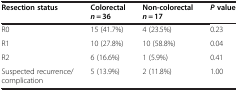
<table><thead><tr><td><b>Resection status</b></td><td><b>Colorectal<i>n =</i> 36</b></td><td><b>Non-colorectal<i>n =</i> 17</b></td><td><b><i>P </i>value</b></td></tr></thead><tbody><tr><td>R0</td><td>15 (41.7%)</td><td>4 (23.5%)</td><td>0.23</td></tr><tr><td>R1</td><td>10 (27.8%)</td><td>10 (58.8%)</td><td>0.04</td></tr><tr><td>R2</td><td>6 (16.6%)</td><td>1 (5.9%)</td><td>0.41</td></tr><tr><td>Suspected recurrence/ complication</td><td>5 (13.9%)</td><td>2 (11.8%)</td><td>1.00</td></tr></tbody></table>